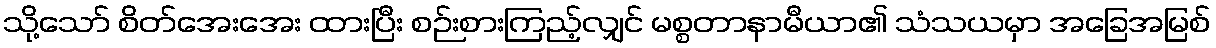
သို့သော် စိတ်အေးအေး ထားပြီး စဉ်းစားကြည့်လျှင် မစ္စတာနာမီယာ၏ သံသယမှာ အခြေအမြစ်